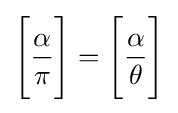
{\Bigg [}{\frac {\alpha }{\pi }}{\Bigg ]}={\Bigg [}{\frac {\alpha }{\theta }}{\Bigg ]}